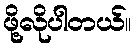
ဖို့လိုပါတယ်။